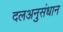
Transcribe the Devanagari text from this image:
दलअनुसंधान